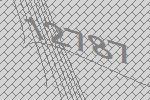
12787